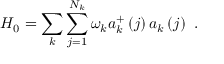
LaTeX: H _ { 0 } = \sum _ { k } \sum _ { j = 1 } ^ { N _ { k } } \omega _ { k } a _ { k } ^ { + } \left( j \right) a _ { k } \left( j \right) \, \, .